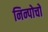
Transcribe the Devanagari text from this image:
निन्पोचो